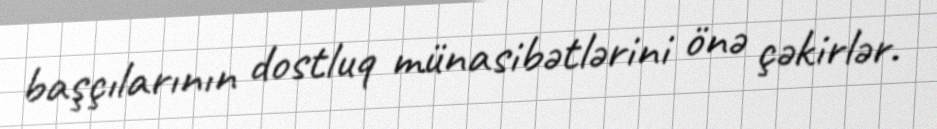
başçılarının dostluq münasibətlərini önə çəkirlər.